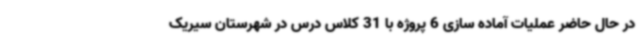
در حال حاضر عملیات آماده سازی 6 پروژه با 31 کلاس درس در شهرستان سیریک